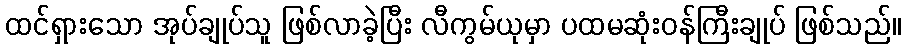
ထင်ရှားသော အုပ်ချုပ်သူ ဖြစ်လာခဲ့ပြီး လီကွမ်ယုမှာ ပထမဆုံးဝန်ကြီးချုပ် ဖြစ်သည်။